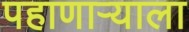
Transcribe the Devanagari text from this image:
पहाणाऱ्याला